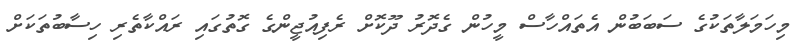
މިހަމަލާތަކުގެ ސަބަބުން އެތައްހާސް މީހުން ގެދޮރު ދޫކޮށް ރެފިއުޖީންގެ ގޮތުގައި ރައްކާތެރި ހިސާބުތަކަށް